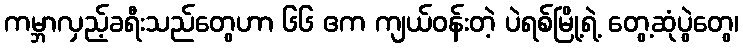
ကမ္ဘာလှည့်ခရီးသည်တွေဟာ ၆၆ ဧက ကျယ်ဝန်းတဲ့ ပဲရစ်မြို့ရဲ့ တွေ့ဆုံပွဲတွေ၊